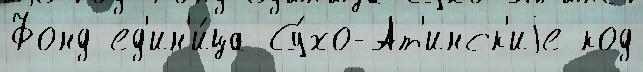
Фонд ед'ин'и́ца Су́хо-Ат'инск'иjе код